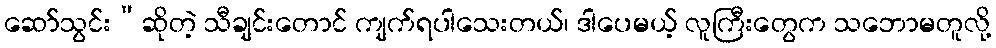
ဆော်သွင်း”ဆိုတဲ့ သီချင်းတောင် ကျက်ရပါသေးတယ်၊ ဒါပေမယ့် လူကြီးတွေက သဘောမတူလို့